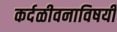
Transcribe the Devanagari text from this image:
कर्दळीवनाविषयी